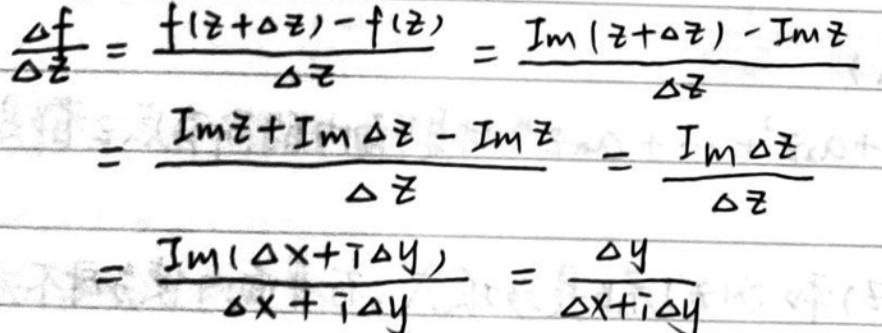
\[\frac{\Delta f}{\Delta z}&=\frac{f(z + \Delta z)-f(z)}{\Delta z}=\frac{Im(z+\Delta z)-Imz}{\Delta z}\]\\
\[&=\frac{Imz+Im\Delta z-Imz}{\Delta z}=\frac{Im\Delta z}{\Delta z}\]\\
\[&=\frac{Im(\Delta x + i\Delta y)}{\Delta x + i\Delta y}=\frac{\Delta y}{\Delta x + i\Delta y}\]